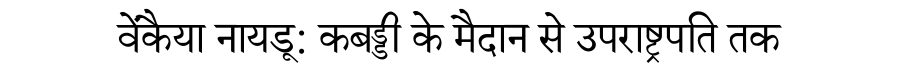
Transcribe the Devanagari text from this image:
वेंकैया नायडू: कबड्डी के मैदान से उपराष्ट्रपति तक